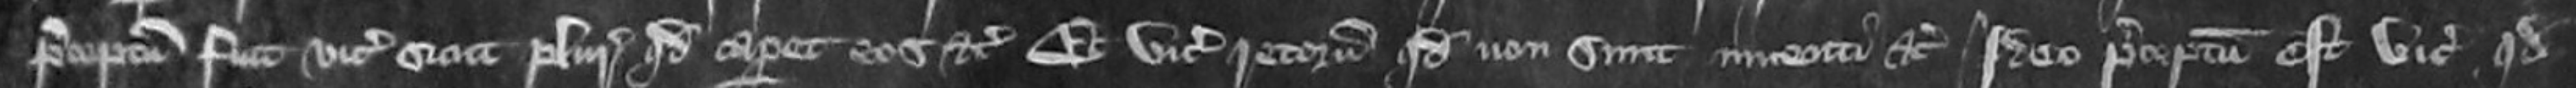
preceptum fuit vicecomiti sicut pluries quod caperet eos etc et vicecomes retornavit quod non sunt inventi etc Ideo preceptum est vicecomiti quod